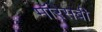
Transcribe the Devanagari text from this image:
मॉरेसबी